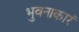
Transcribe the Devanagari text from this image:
भुवनाकारं